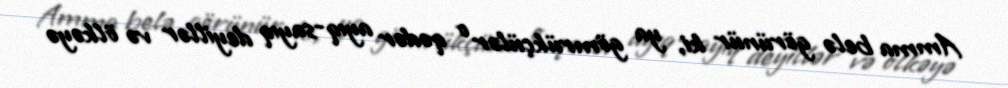
Amma belə görünür ki, ya gömrükçülər o qədər ayıq-sayıq deyillər və ölkəyə